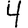
Digit: 4